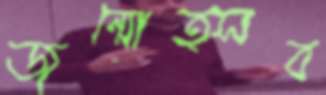
জন্মোত্সব